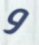
و